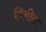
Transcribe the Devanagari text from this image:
त्रिमीत